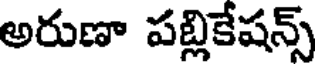
అరుణా పబ్లికేషన్స్